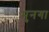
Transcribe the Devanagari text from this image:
मुनगा